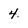
Character: 4